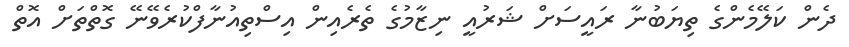
ދެން ކަލޭމެންގެ ތިޔަބުނާ ރައީސަށް ޝަރުއީ ނިޒާމުގެ ތެރެއިން އިސްތިއުނާފްކުރެވޭނޭ ގޮތްތަށް އޮތް